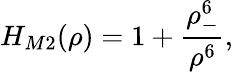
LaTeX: H_{M2}(\rho)=1+\frac{\rho_{-}^{6}}{\rho^{6}},